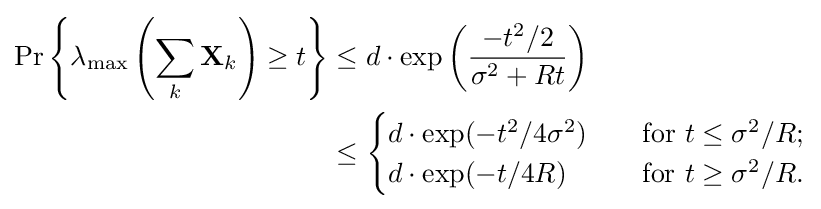
{\begin{aligned}\Pr \left\{\lambda _{\text{max}}\left(\sum _{k}\mathbf {X} _{k}\right)\geq t\right\}&\leq d\cdot \exp \left({\frac {-t^{2}/2}{\sigma ^{2}+Rt}}\right)\\&\leq {\begin{cases}d\cdot \exp(-t^{2}/4\sigma ^{2})\quad &{\text{for }}t\leq \sigma ^{2}/R;\\d\cdot \exp(-t/4R)\quad &{\text{for }}t\geq \sigma ^{2}/R.\\\end{cases}}\end{aligned}}